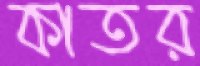
কাতর